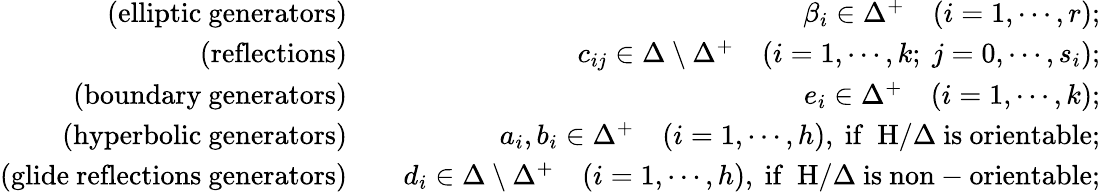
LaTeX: \begin{array}{rlr}{\mathrm{(elliptic~generators)}}&{}&{\beta_{i}\in\Delta^{+}\quad(i=1,\cdots,r);}\\ {\mathrm{(reflections)}}&{}&{c_{ij}\in\Delta\setminus\Delta^{+}\quad(i=1,\cdots,k;\ j=0,\cdots,s_{i});}\\ {\mathrm{(boundary~generators)}}&{}&{e_{i}\in\Delta^{+}\quad(i=1,\cdots,k);}\\ {\mathrm{(hyperbolic~generators)}}&{}&{a_{i},b_{i}\in\Delta^{+}\quad(i=1,\cdots,h),\ \mathrm{if~{\mathbb~H}/\Delta~is~orientable};}\\ {\mathrm{(glide~reflections~generators)}}&{}&{d_{i}\in\Delta\setminus\Delta^{+}\quad(i=1,\cdots,h),\ \mathrm{if~{\mathbb~H}/\Delta~is~non-orientable};}\end{array}